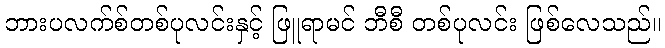
ဘားပလက်စ်တစ်ပုလင်းနှင့် ဖြူရာမင် ဘီစီ တစ်ပုလင်း ဖြစ်လေသည်။